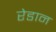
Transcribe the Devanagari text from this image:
रेडान